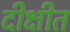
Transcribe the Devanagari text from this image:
दीक्षीत